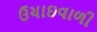
ઉચાઇવાળી